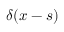
\delta ( x - s )